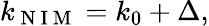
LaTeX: k_{\mathrm{~N~I~M~}}=k_{0}+\Delta,